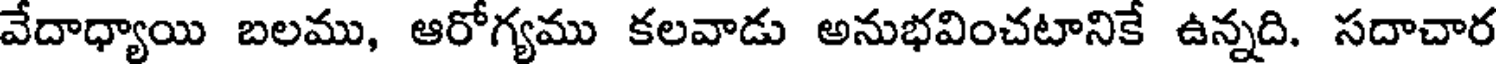
వేదాధ్యాయి బలము, ఆరోగ్యము కలవాడు అనుభవించటానికే ఉన్నది. సదాచార